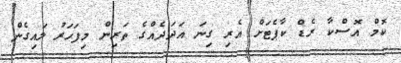
ކޮމް އޮސްކާ ރެޑް ކާޕެޓަށް އެރި ގިނަ އަދަދެއްގެ ތަރިން މިފަހަރު ލައިގެން